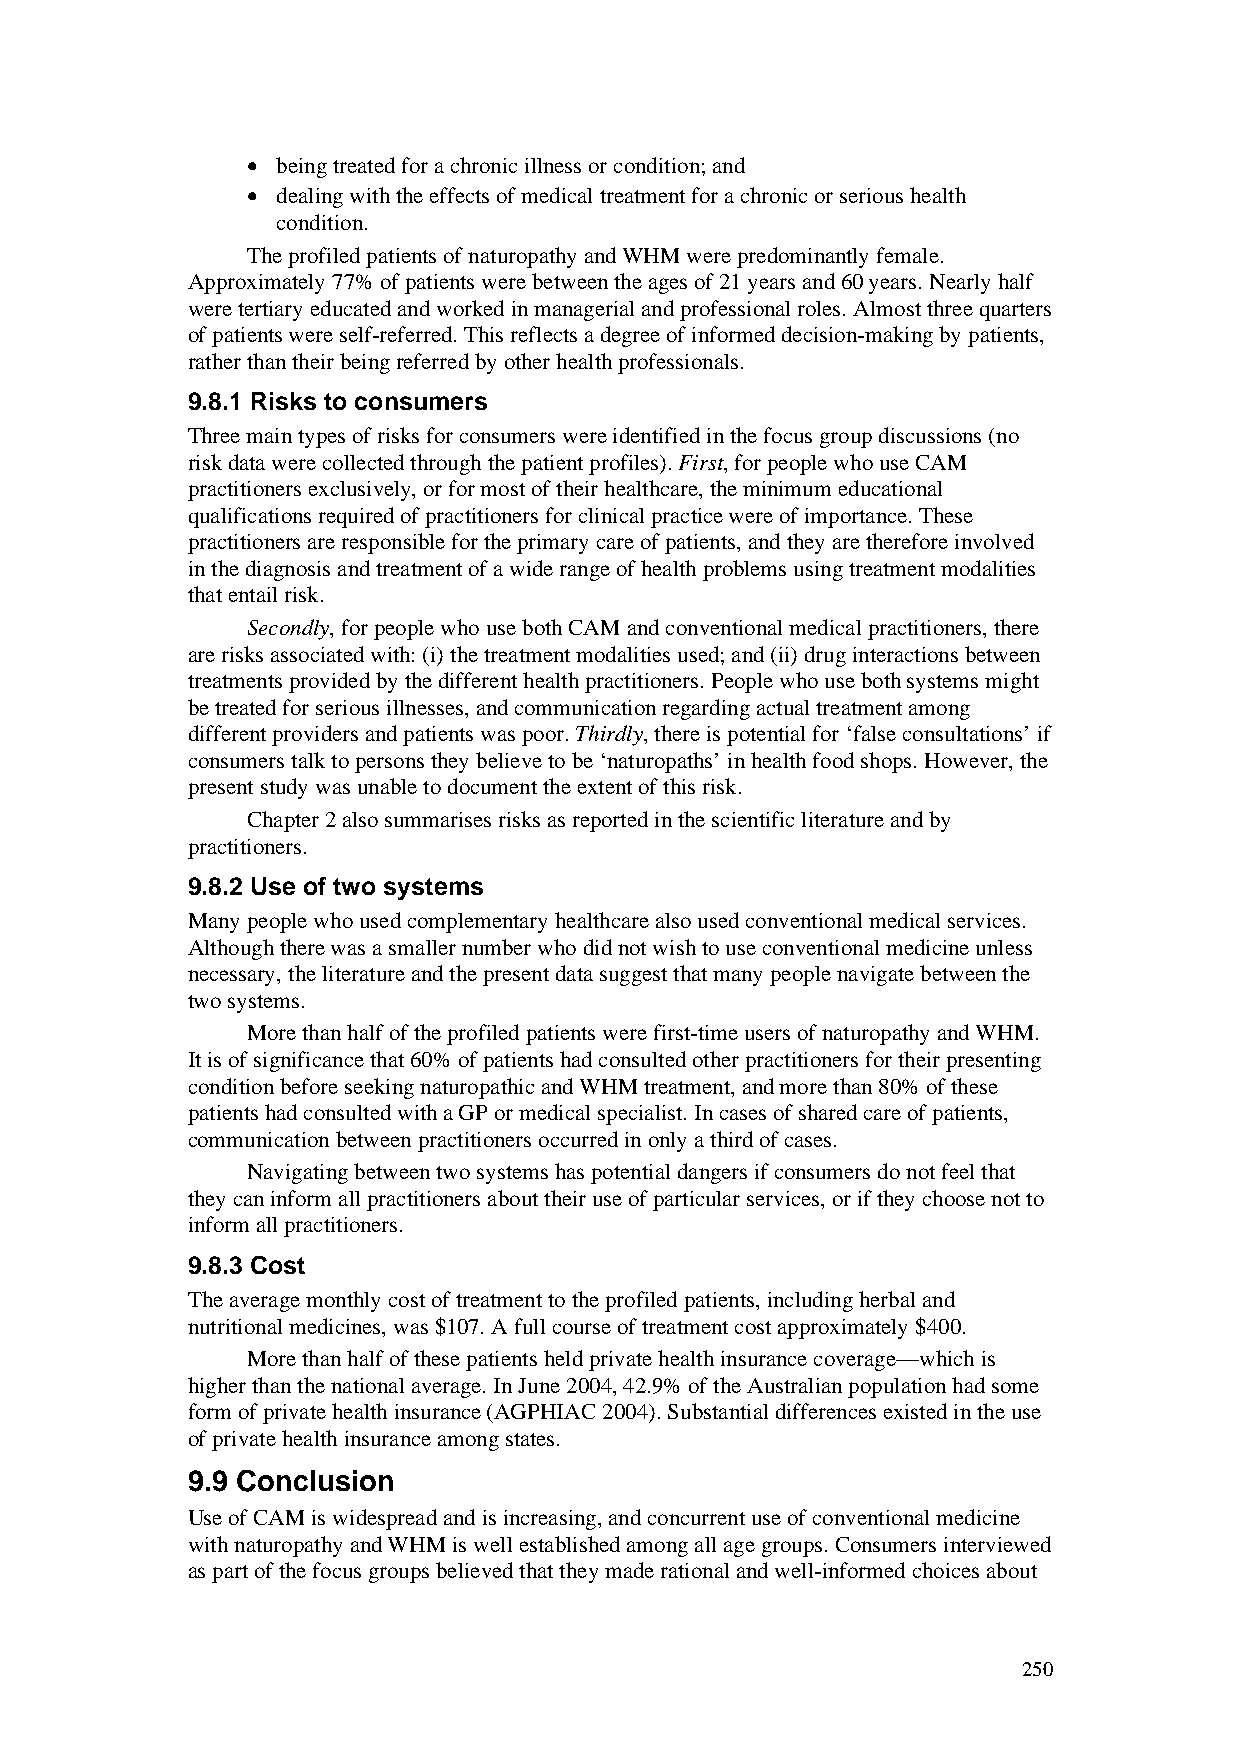
• being treated for a chronic illness or condition; and
 • dealing with the effects of medical treatment for a chronic or serious health
 condition.
 The profiled patients of naturopathy and WHM were predominantly female.
 Approximately 77% of patients were between the ages of 21 years and 60 years. Nearly half
 were tertiary educated and worked in managerial and professional roles. Almost three quarters
 of patients were self-referred. This reflects a degree of informed decision-making by patients,
 rather than their being referred by other health professionals.
 9.8.1 Risks to consumers
 Three main types of risks for consumers were identified in the focus group discussions (no
 risk data were collected through the patient profiles). First, for people who use CAM
 practitioners exclusively, or for most of their healthcare, the minimum educational
 qualifications required of practitioners for clinical practice were of importance. These
 practitioners are responsible for the primary care of patients, and they are therefore involved
 in the diagnosis and treatment of a wide range of health problems using treatment modalities
 that entail risk.
 Secondly, for people who use both CAM and conventional medical practitioners, there
 are risks associated with: (i) the treatment modalities used; and (ii) drug interactions between
 treatments provided by the different health practitioners. People who use both systems might
 be treated for serious illnesses, and communication regarding actual treatment among
 different providers and patients was poor. Thirdly, there is potential for ‘false consultations’ if
 consumers talk to persons they believe to be ‘naturopaths’ in health food shops. However, the
 present study was unable to document the extent of this risk.
 Chapter 2 also summarises risks as reported in the scientific literature and by
 practitioners.
 9.8.2 Use of two systems
 Many people who used complementary healthcare also used conventional medical services.
 Although there was a smaller number who did not wish to use conventional medicine unless
 necessary, the literature and the present data suggest that many people navigate between the
 two systems.
 More than half of the profiled patients were first-time users of naturopathy and WHM.
 It is of significance that 60% of patients had consulted other practitioners for their presenting
 condition before seeking naturopathic and WHM treatment, and more than 80% of these
 patients had consulted with a GP or medical specialist. In cases of shared care of patients,
 communication between practitioners occurred in only a third of cases.
 Navigating between two systems has potential dangers if consumers do not feel that
 they can inform all practitioners about their use of particular services, or if they choose not to
 inform all practitioners.
 9.8.3 Cost
 The average monthly cost of treatment to the profiled patients, including herbal and
 nutritional medicines, was $107. A full course of treatment cost approximately $400.
 More than half of these patients held private health insurance coverage—which is
 higher than the national average. In June 2004, 42.9% of the Australian population had some
 form of private health insurance (AGPHIAC 2004). Substantial differences existed in the use
 of private health insurance among states.
 9.9 Conclusion
 Use of CAM is widespread and is increasing, and concurrent use of conventional medicine
 with naturopathy and WHM is well established among all age groups. Consumers interviewed
 as part of the focus groups believed that they made rational and well-informed choices about
 250